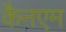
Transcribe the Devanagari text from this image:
कैनएम